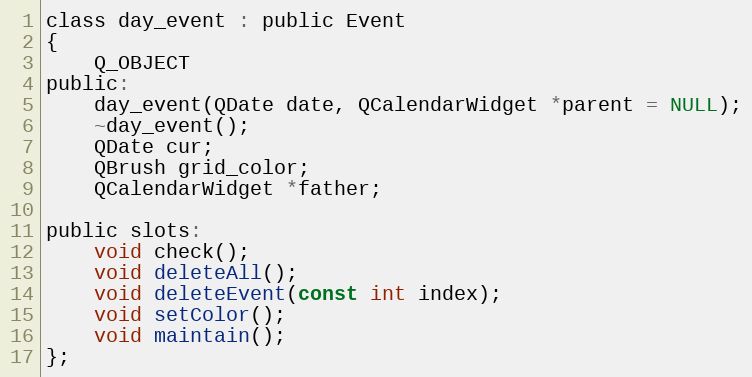
Language: C
class day_event : public Event
{
    Q_OBJECT
public:
    day_event(QDate date, QCalendarWidget *parent = NULL);
    ~day_event();
    QDate cur;
    QBrush grid_color;
    QCalendarWidget *father;

public slots:
    void check();
    void deleteAll();
    void deleteEvent(const int index);
    void setColor();
    void maintain();
};